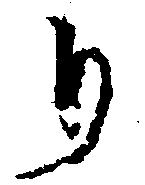
り